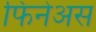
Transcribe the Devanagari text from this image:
फिनेअस